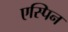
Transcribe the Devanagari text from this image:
एस्पिन